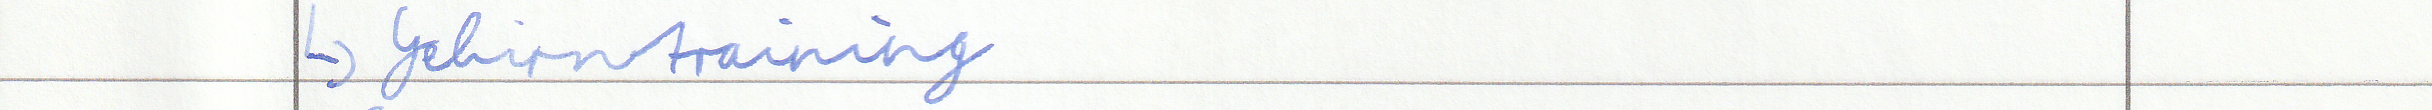
-> Gehirntraining